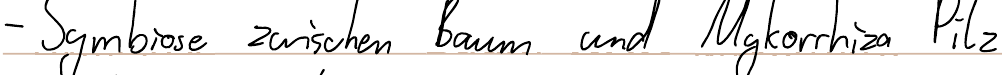
- Symbiose zwischen Baum und Mykorrhiza Pilz